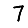
Digit: 7